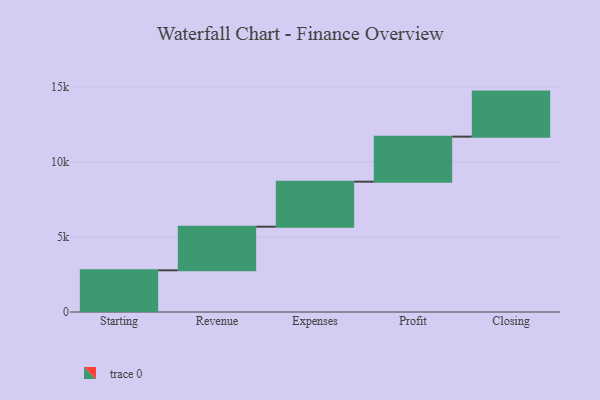
{"axis": {"x": "Step", "y": "Value"}, "legend": [""], "data": [{"x": "Starting", "y": 2778.0, "type": ""}, {"x": "Revenue", "y": 2904.0, "type": ""}, {"x": "Expenses", "y": 3000, "type": ""}, {"x": "Profit", "y": 3000, "type": ""}, {"x": "Closing", "y": 3000, "type": ""}]}